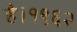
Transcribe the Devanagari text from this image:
है।१९६२